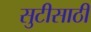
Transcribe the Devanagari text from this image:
सुटीसाठी